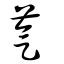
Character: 芞